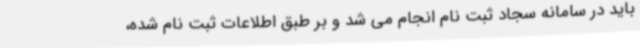
باید در سامانه سجاد ثبت نام انجام می شد و بر طبق اطلاعات ثبت نام شده،